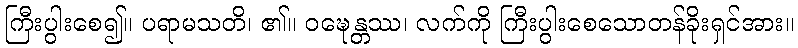
ကြီးပွါးစေ၍။ ပရာမသတိ၊ ၏။ ဝဍ္ဎေန္တဿ၊ လက်ကို ကြီးပွါးစေသောတန်ခိုးရှင်အား။